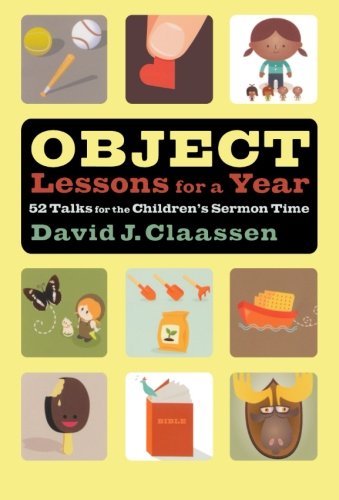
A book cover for Object Lessons for a Year: 52 Talks for the Children's Sermon Time (Object Lesson Series); David J. Claassen; Christian Books & Bibles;